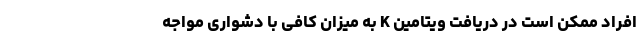
افراد ممکن است در دریافت ویتامین K به میزان کافی با دشواری مواجه